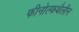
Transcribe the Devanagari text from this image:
फीनोल्फथैलीन